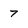
Character: 7